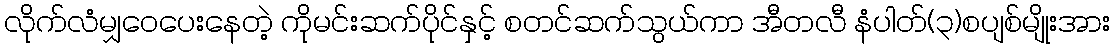
လိုက်လံမျှဝေပေးနေတဲ့ ကိုမင်းဆက်ပိုင်နှင့် စတင်ဆက်သွယ်ကာ အီတလီ နံပါတ်(၃)စပျစ်မျိုးအား